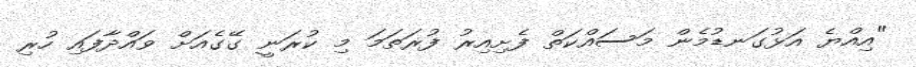
"އިއްޔެ އަޅުގަނޑުމެން މަސައްކަތް ފެށިއިރު ފުރަތަމަ މި ކުރަނީ ގޭގެއަށް ވައްދާފައި ހުރި